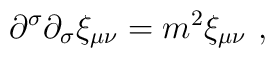
\partial^\sigma\partial_\sigma \xi_{\mu\nu}=m^2\xi_{\mu\nu}~,